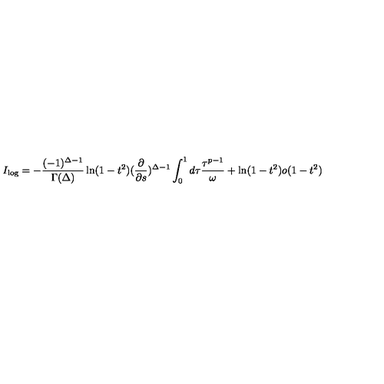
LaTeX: I _ { \log } = - \frac { ( - 1 ) ^ { \Delta - 1 } } { \Gamma ( \Delta ) } \ln ( 1 - t ^ { 2 } ) ( \frac { \partial } { \partial s } ) ^ { \Delta - 1 } \int _ { 0 } ^ { 1 } d \tau \frac { \tau ^ { p - 1 } } { \omega } + \ln ( 1 - t ^ { 2 } ) o ( 1 - t ^ { 2 } )